Rae_vallavalitsus, lk 71
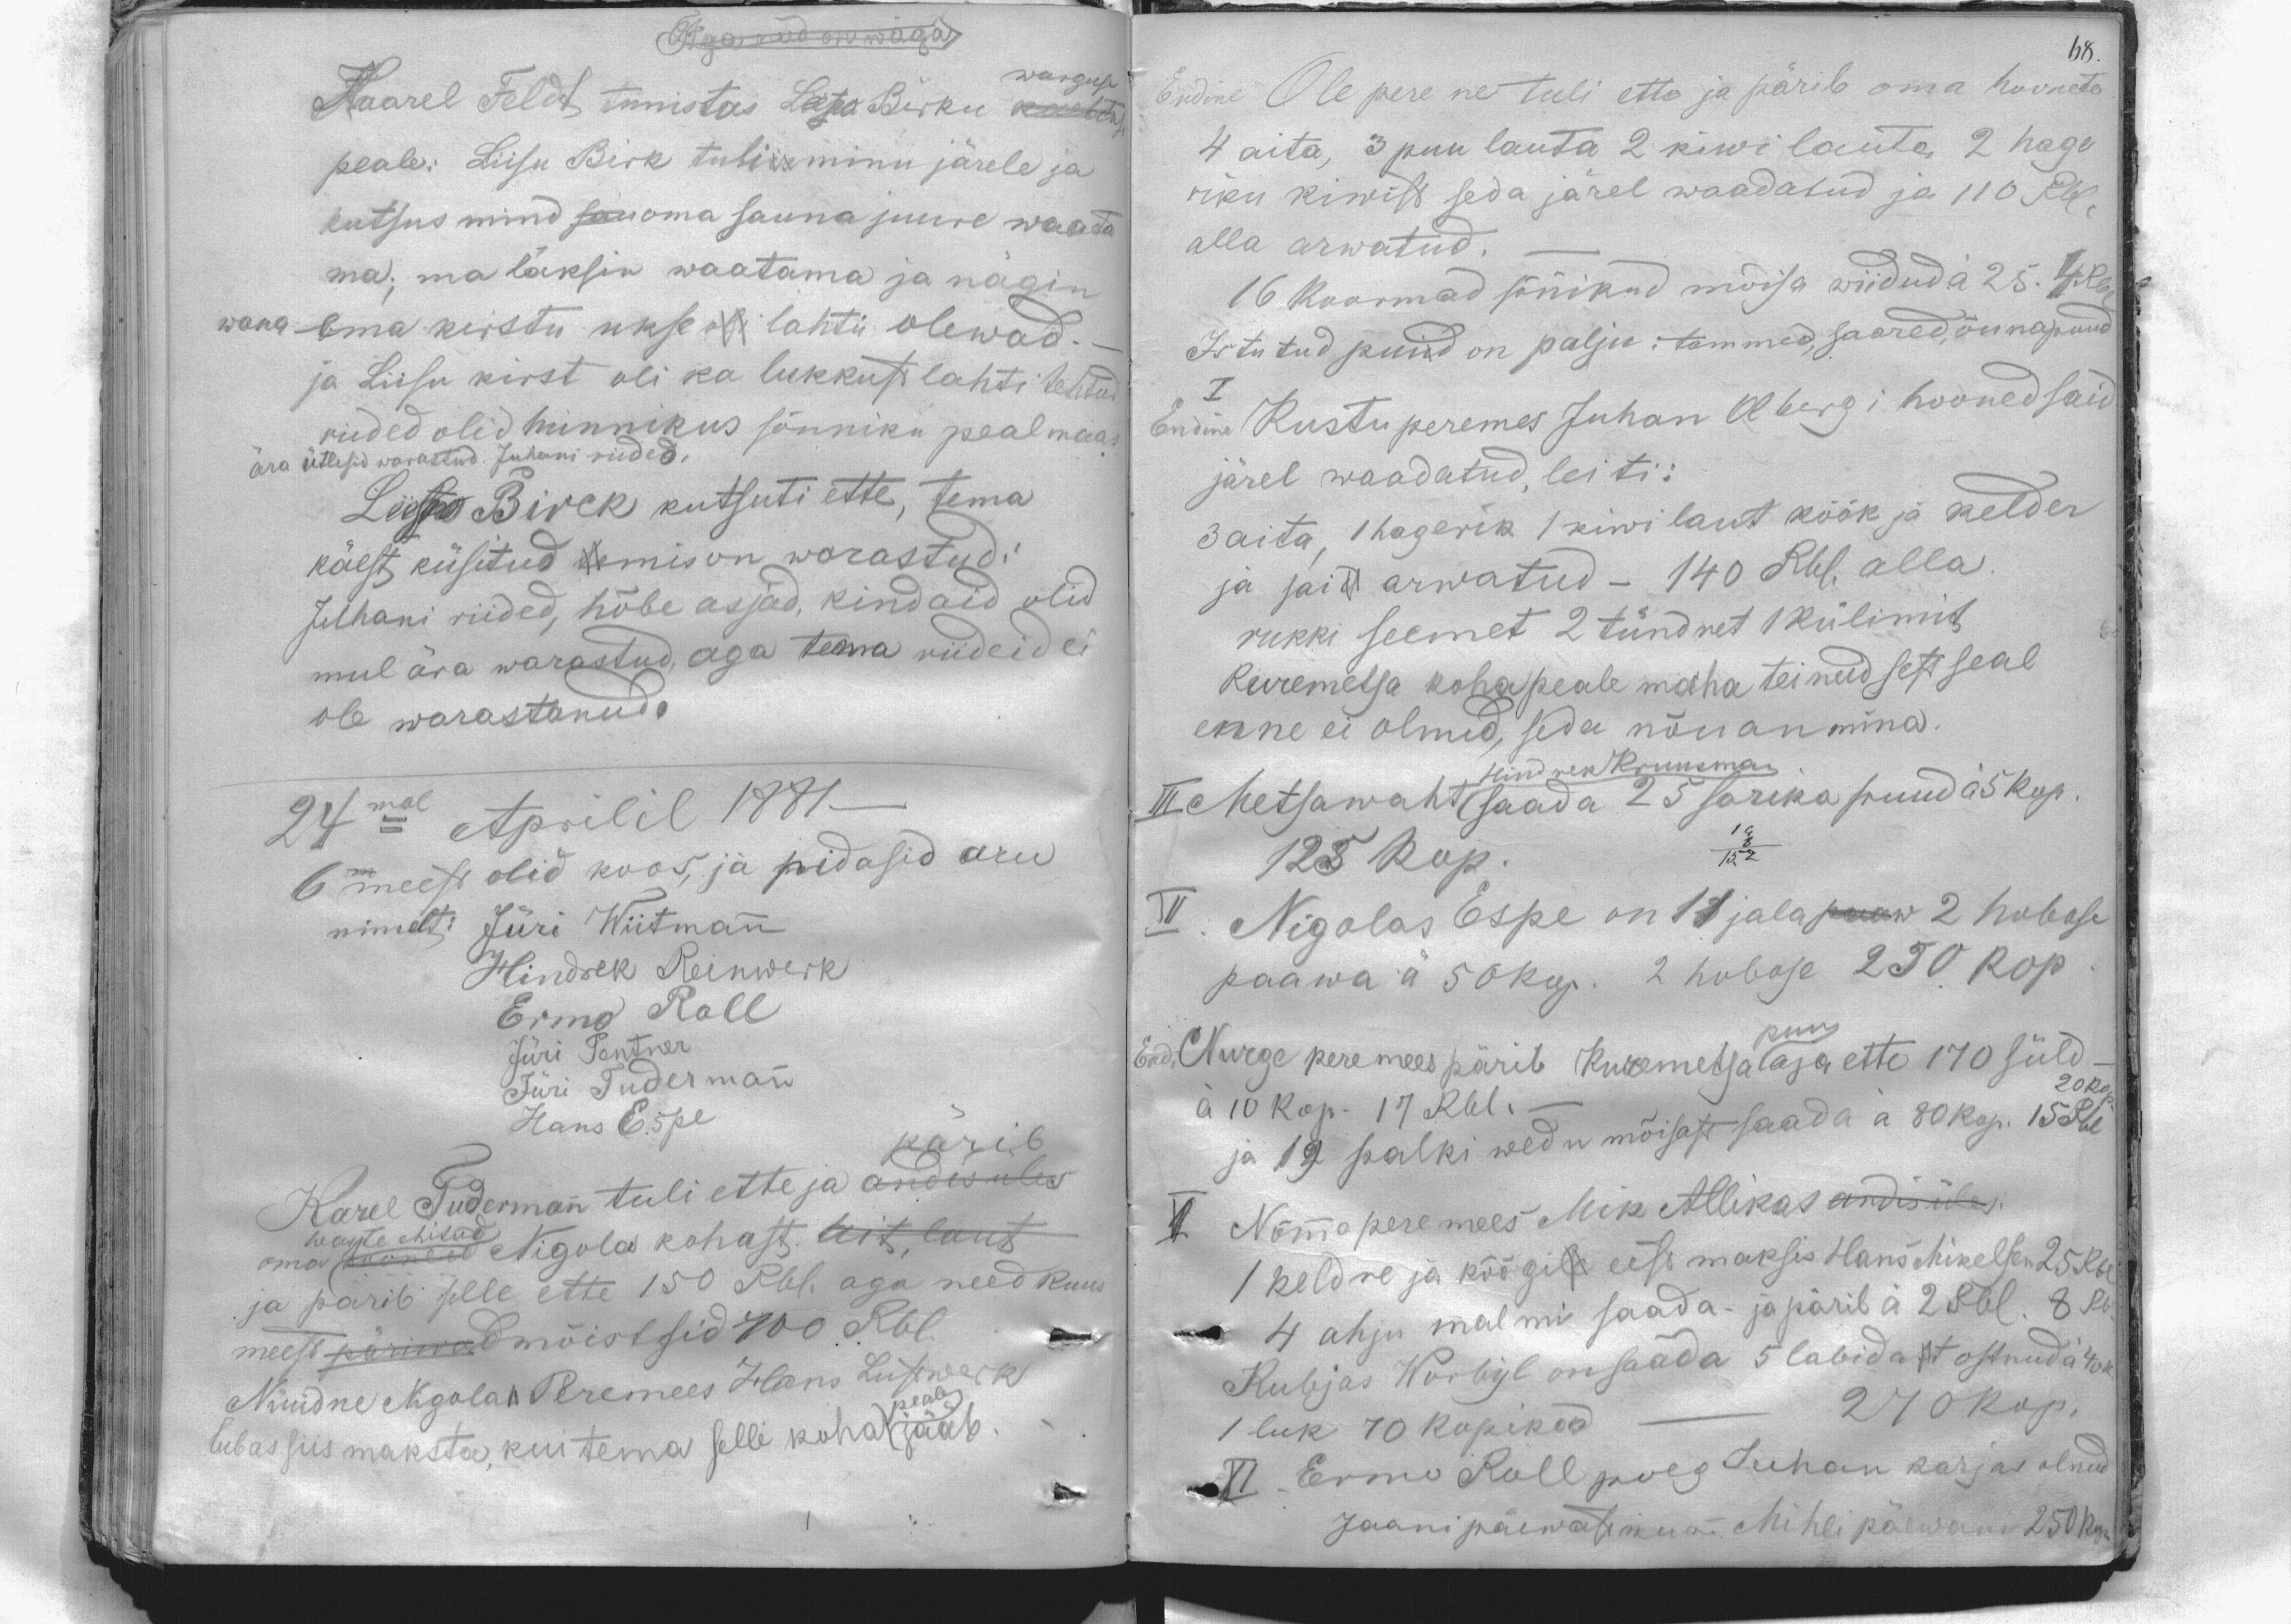
Aga on wäga
Kaarel Feldt tunistas Lisa Birku kaebtuse
warguse
peale: Liisu Birk tuli minu järele ja
kutsus mind sau oma sauna juure waata
ma; ma läksin waatama ja nägin
wana ema kirstu ukse oli lahti olewad. -
ja Liisu kirst oli ka lukkust lahti tehtud
riided olid hunnikus sõnniku peal maas
ära ütlesid warastud. Juhani riided,
Liiso Birck kutsuti ette, tema
käest küsitud te mis on warastud:
Juhani riided, hõbe asjad, kindaid olid
mul ära warastud, aga tema riideid ei
ole warastanud.
24mal Aprilil 1881-
6 meest olid koos, ja pidasid aru
nimelt: Jüri Wiitmann
Hindrek Reinwerk
Ermo Roll
Jüri Pentner
Jüri Tudermann
Hans Espe
käsib
Karel Tudermann tuli ette ja andis üles
waste ehitud
oma hooneid Nigola kohast. ait, laut
ja pärib selle ette 150 Rbl. aga need kuus
meest päriwad mõistsid 100 Rbl.
Nüüdne Nigola Peremees Hans Lustwerk
lubas siis maksta, kui tema selle koha peale jääb

68
Endine Ole pere ne tuli ette ja pärib oma hoonete
4 aita, 3 puu auta 2 kiwi lauta 2 hage
riku kiwist seda järel waadatud ja 110 Rbl.
alla arwatud.
16 koormad sõnnikud mõisa wiidud à 25.4 Rbl
Istutud puid on palju: tammed, saared, õunapuud
I
Endine Kustu peremes Juhan Olbergi hooned said
järel waadatud, leiti:
3 aita, 1 hagerik1 kiwi laut köök ja kelder
ja said arwatud - 140 Rbl. alla
rukki seemet 2 tündret 1 külimit
Kuremetsa koha peale maha teinud sest seal
enne ei olnud, seda nõuan mina.
III Metsawaht saada 25 sarika puud à 5 kop.
Hendrik Kruusman
125 kop
IV. Nigolas Espe on 11 jala paaw 2 hobose
paawa á 50 kop. 2 hobose 250 kop
End. Nurge peremees pärib Kuremetsa aja ette 170 süld
kuu
à 10 kop. 17 Rbl.
20 kop.
ja 19 palki wedu mõisast saada à 80 kop. 15 Rbl
V. Nõmme pere mees Mik Allikas andis üles:
1 keldre ja köögile eest maksis Hans Mikelsen 25 Rbl
4 ahju malmi saada - ja pärib à 2 Rbl. 8 Rb
Kubjas Worbyl on saada 5 labidat ostnud à 40k.
1 luk 70 kopikad - 270 kop.
VI. Ermo Roll poeg Juhan karjas olnud
Jaani päewast kuni Mihli päewani 250 kop